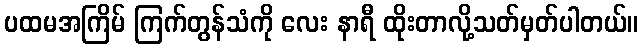
ပထမအကြိမ် ကြက်တွန်သံကို လေး နာရီ ထိုးတာလို့သတ်မှတ်ပါတယ်။